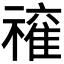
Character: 𱵩